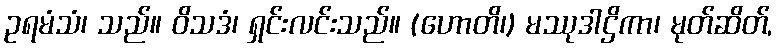
ဥရမံသံ၊ သည်။ ဝိသဒံ၊ ရှင်းလင်းသည်။ (ဟောတိ၊) မဿုဒါဌိကာ၊ မုတ်ဆိတ်,